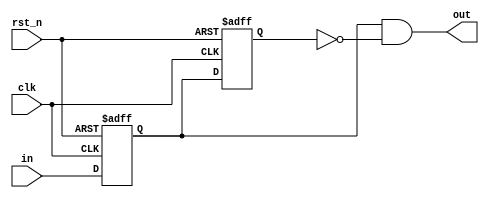
module stavka_a (
    input rst_n,
    input clk,
    input in,
    output out
);
    
    reg ff1_next, ff1_reg;
    reg ff2_next, ff2_reg;
    assign out = ff1_reg & ~ff2_reg;

    // Moore -> current state is important!    

    always @(posedge clk, negedge rst_n) begin
        if(!rst_n) begin
            ff1_reg <= 1'b0;            
            ff2_reg <= 1'b0;            
        end else begin
            ff1_reg <= ff1_next;            
            ff2_reg <= ff2_next;            
        end
    end

    always @(*) begin
        ff1_next = in;
        ff2_next = ff1_reg;
    end
endmodule